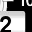
Digit: 2